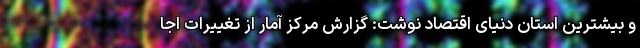
و بیشترین استان دنیای اقتصاد نوشت: گزارش مرکز آمار از تغییرات اجا